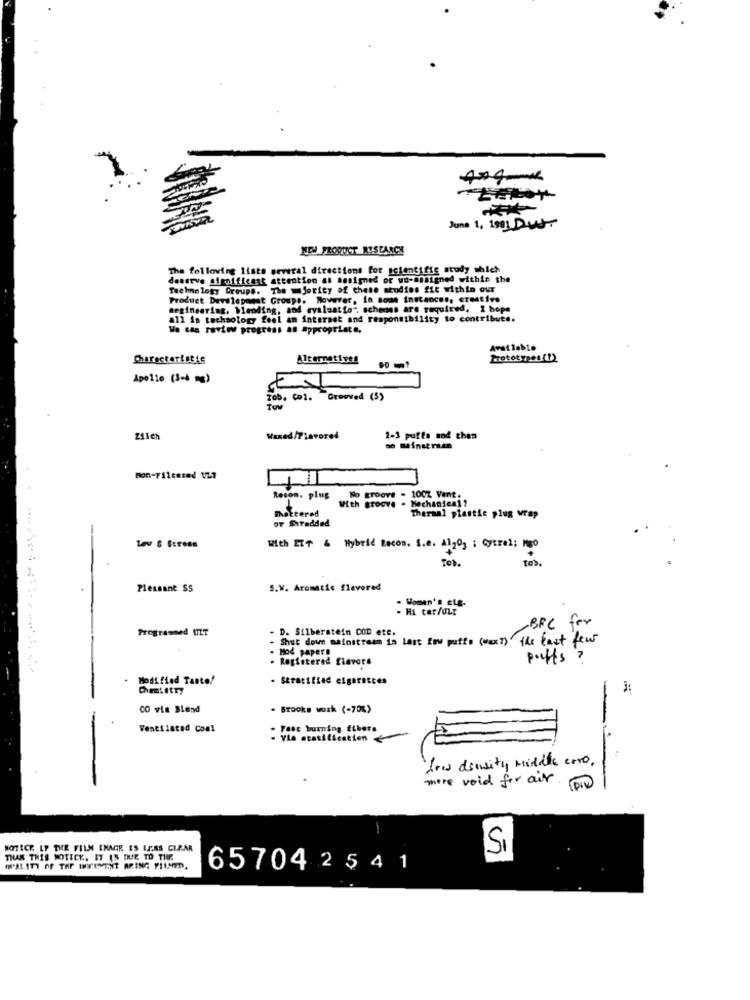
June 1, 1901 DUST
NEW PRODUCT RESEARCH
The following lists several directions for scientific study shich
deeseve algoificent attention at assigned or wo-assigned within the
Technology Groups. The =jority of these studies fit within our
Product Developamat Groups. However, in some instances, creative
meginearing, blending, and evaluatto". schemes are required. 2 hope
all in technology feel an interest and responsibility to contribute.
Wo Cas review prog
.as as appropriate,
Available
Characteristic
Alternatives
Prototypes (1)
90 mt
Apollo (3-4 mg)
Tob. Co1.
Grooved (5)
TOW
Waxed/Flavored
2-3 puffe mod ches
Mon-Fileered V27
Wo groove - 100% Vant.
Reson. plug
With groove . Mechanien1?
Shattered
OF Siredded
Thermal plastie plug wrap
With ETT & Hybrid Recon. S.e. Al2O3 ; Cytrel; NO
Tob.
TO's .
Pleasant SS
S.W. Aromatic flavored
. Women's etg.
- HL car/ULY
BRC for
Programmed UIT
- D. Silberstein COD etc.
Shut down mainstream in Love fow putts (next) the last few
Hod papers
Registered flavors
puffs ?
Modified Taste/
. Stratified elgaracces
ChemiitTy
CO via Blend
. Brooks work (-70%)
-
Ventilated Conl
- Fast burning fibers
Low dinvity middle erro,
more void for air.
NOTICE LP THE FILM EXAGR ES LAZAS CURAR
SI
THAN THIS MOTECK, IT IS DUE TO THR
65704 2 54 1